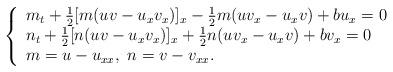
LaTeX: \begin{align*}\left\{\begin{array}{ll}m_{t}+\frac{1}{2}[m(uv-u_xv_x)]_x-\frac{1}{2}m(uv_x-u_xv)+bu_x=0 \\n_{t}+\frac{1}{2}[n(uv-u_xv_x)]_x+\frac{1}{2}n(uv_x-u_xv)+bv_x=0\\m=u-u_{xx},~n=v-v_{xx}.\end{array}\right.\end{align*}